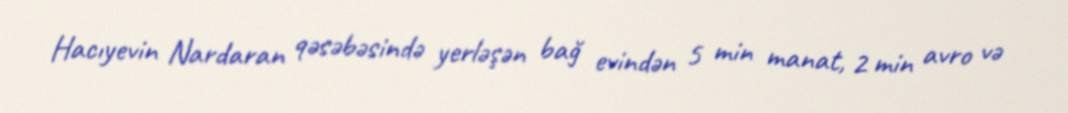
Hacıyevin Nardaran qəsəbəsində yerləşən bağ evindən 5 min manat, 2 min avro və